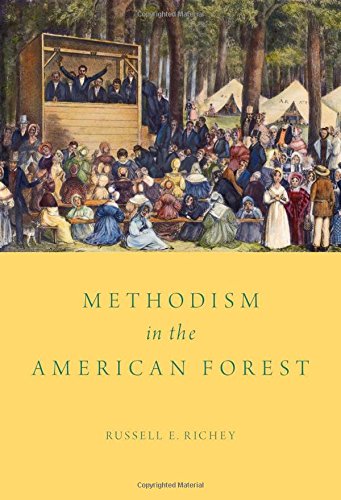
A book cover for Methodism in the American Forest; Russell E. Richey; Christian Books & Bibles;